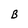
Character: B